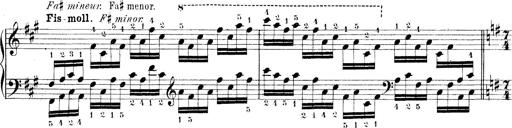
Title: Technische Studien
Composer: Franz Liszt